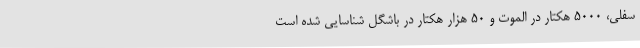
سفلی، 5000 هکتار در الموت و 50 هزار هکتار در باشگل شناسایی شده است